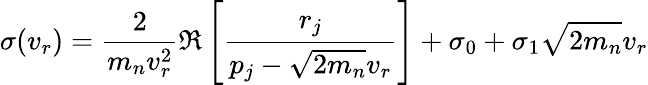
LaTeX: \sigma(v_{r})=\frac{2}{m_{n}v_{r}^{2}}\Re\left[\frac{r_{j}}{p_{j}-\sqrt{2m_{n}}v_{r}}\right]+\sigma_{0}+\sigma_{1}\sqrt{2m_{n}}v_{r}